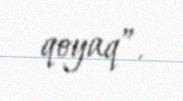
qoyaq”.